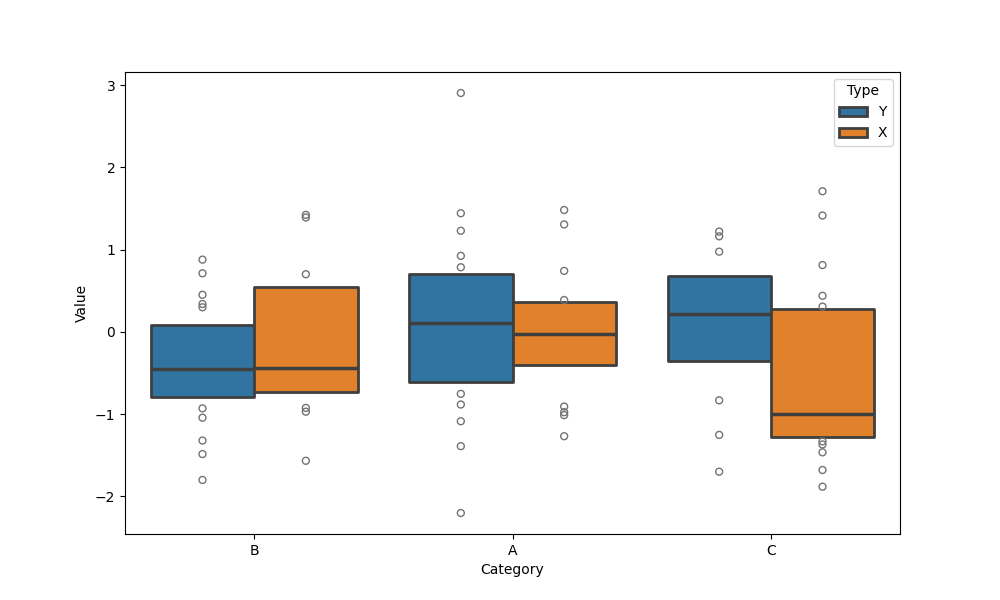
python, seaborn, boxenplot, k_depth='tukey', linewidth=2, scale='linear', outlier_prop=0.2, showfliers=True